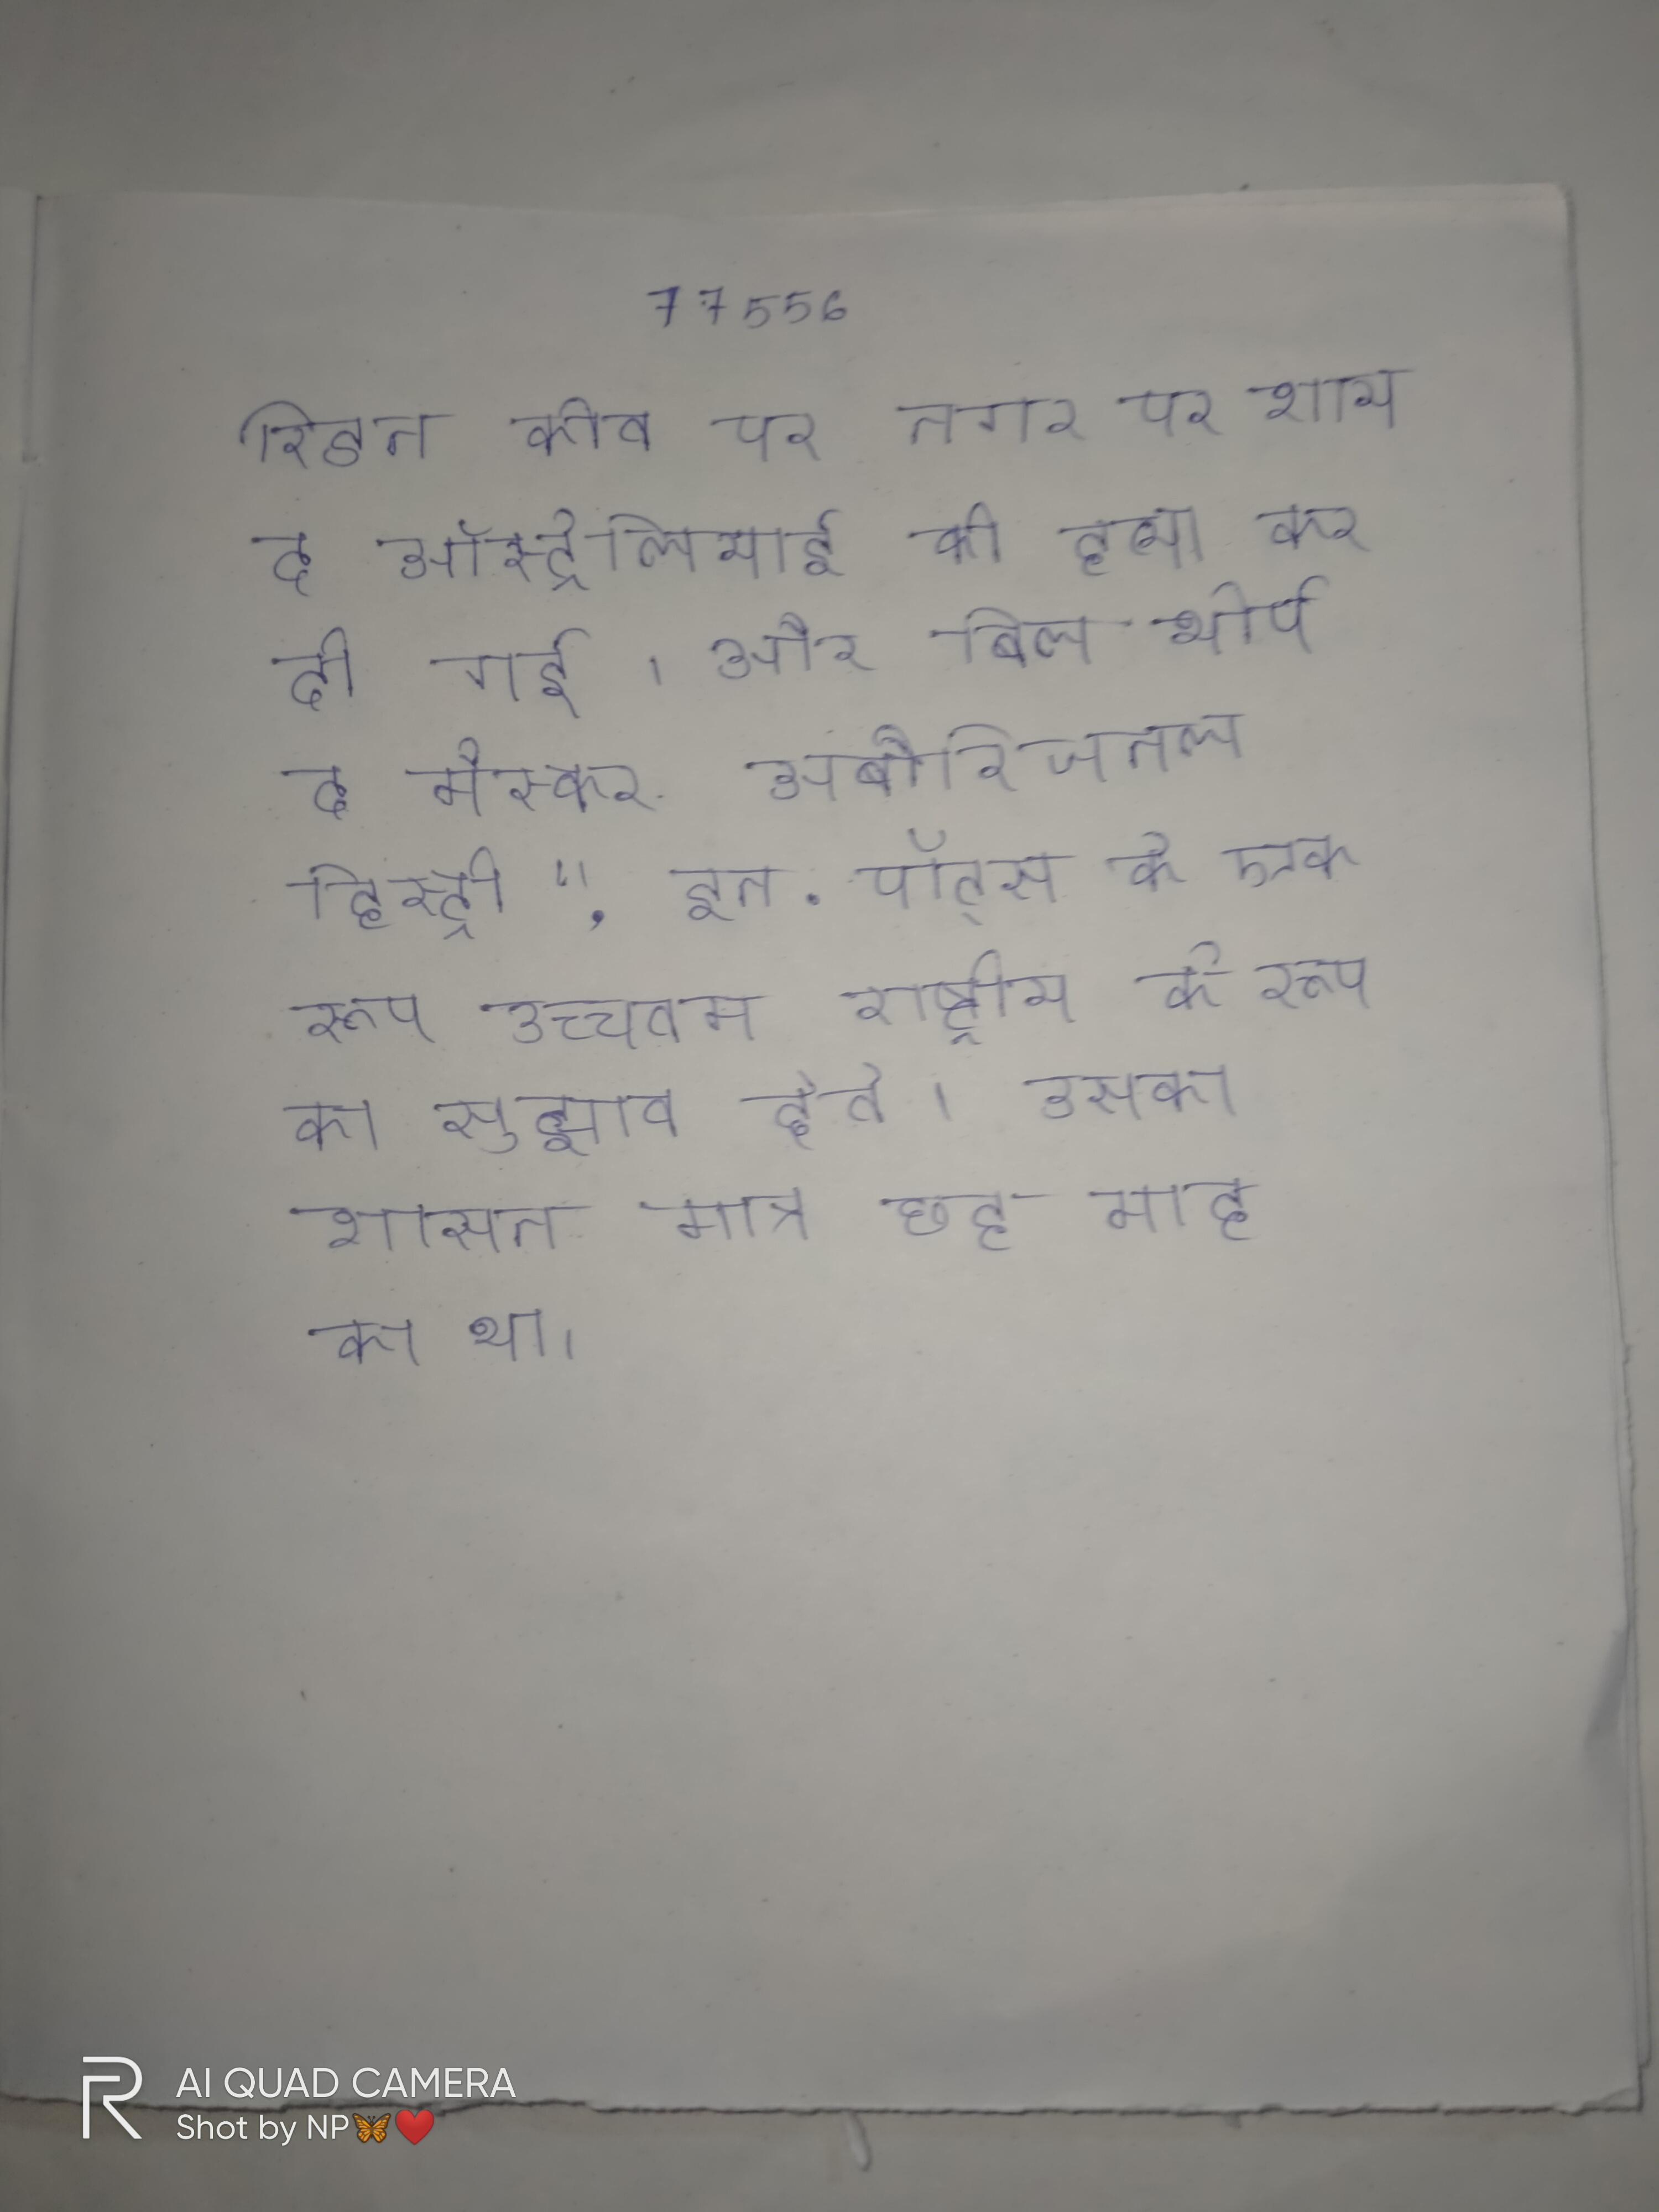
रिडन कोव पर नगर पर शायद ऑस्ट्रेलियाई की हत्या कर दी गई । और बिल थोर्प द मैस्कर अबौरिजनल हिस्ट्री," इन . पॉट्स के एक उच्चतम राष्ट्रीय के रूप का सुझाव देते । उसका शासन मात्र छह माह का था ।